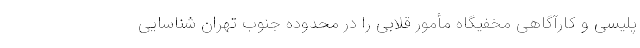
پلیسی و کارآگاهی مخفیگاه مأمور قلابی را در محدوده جنوب تهران شناسایی